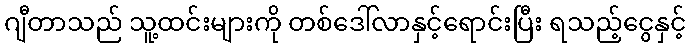
ဂျီတာသည် သူ့ထင်းများကို တစ်ဒေါ်လာနှင့်ရောင်းပြီး ရသည့်ငွေနှင့်